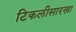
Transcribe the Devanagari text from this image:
टिकलीसारखा